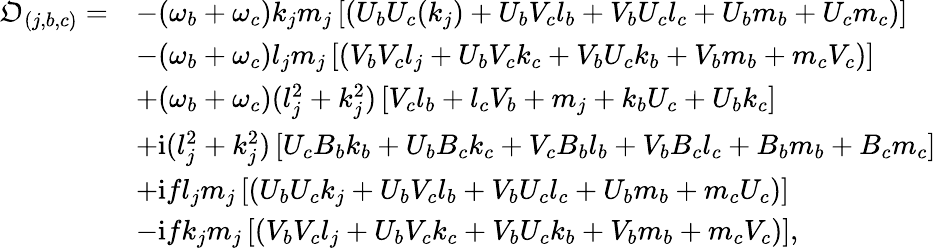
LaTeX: \begin{array}{rl}{\mathfrak{O}_{(j,b,c)}=}&{-{(\omega_{b}+\omega_{c})k_{j}m_{j}}\left[\left(U_{b}{U}_{c}(k_{j})+U_{b}{V}_{c}l_{b}+V_{b}{U}_{c}l_{c}+U_{b}m_{b}+{U}_{c}m_{c}\right)\right]}\\ &{-{(\omega_{b}+\omega_{c})l_{j}m_{j}}\left[\left(V_{b}{V}_{c}l_{j}+U_{b}{V}_{c}k_{c}+V_{b}{U}_{c}k_{b}+V_{b}m_{b}+m_{c}{V}_{c}\right)\right]}\\ &{+{(\omega_{b}+\omega_{c})(l_{j}^{2}+k_{j}^{2})}\left[{V}_{c}l_{b}+l_{c}V_{b}+m_{j}+k_{b}{U}_{c}+U_{b}k_{c}\right]}\\ &{+\textnormal{i}{(l_{j}^{2}+k_{j}^{2})}\left[{U}_{c}B_{b}k_{b}+U_{b}{B}_{c}k_{c}+{V}_{c}B_{b}l_{b}+V_{b}{B}_{c}l_{c}+B_{b}m_{b}+{B}_{c}m_{c}\right]}\\ &{+\textnormal{i}{fl_{j}m_{j}}\left[\left(U_{b}{U}_{c}k_{j}+U_{b}{V}_{c}l_{b}+V_{b}{U}_{c}l_{c}+U_{b}m_{b}+m_{c}{U}_{c}\right)\right]}\\ &{-\textnormal{i}{fk_{j}m_{j}}\left[\left(V_{b}{V}_{c}l_{j}+U_{b}{V}_{c}k_{c}+V_{b}{U}_{c}k_{b}+V_{b}m_{b}+m_{c}{V}_{c}\right)\right],}\end{array}